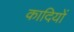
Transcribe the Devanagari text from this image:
कादियों